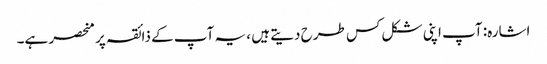
اشارہ: آپ اپنی شکل کس طرح دیتے ہیں ، یہ آپ کے ذائقہ پر منحصر ہے۔